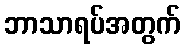
ဘာသာရပ်အတွက်